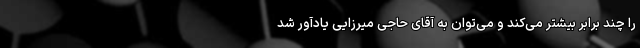
را چند برابر بیشتر می‌کند و می‌توان به آقای حاجی میرزایی یادآور شد